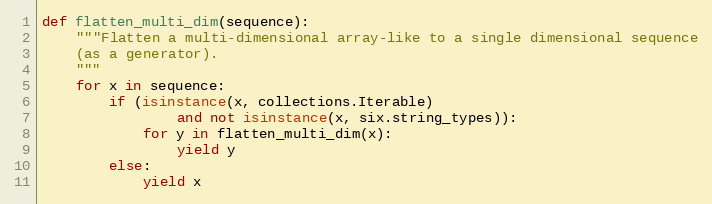
Language: Python
def flatten_multi_dim(sequence):
    """Flatten a multi-dimensional array-like to a single dimensional sequence
    (as a generator).
    """
    for x in sequence:
        if (isinstance(x, collections.Iterable)
                and not isinstance(x, six.string_types)):
            for y in flatten_multi_dim(x):
                yield y
        else:
            yield x